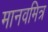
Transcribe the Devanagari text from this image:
मानवमित्र